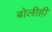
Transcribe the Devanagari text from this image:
बोलीही